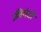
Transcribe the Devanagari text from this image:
फ्रीगेटी